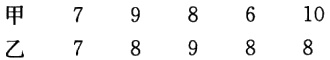
\begin{tabular}{llllll}
甲 & 7 & 9 & 8 & 6 & 10 \\
乙 & 7 & 8 & 9 & 8 & 8
\end{tabular}